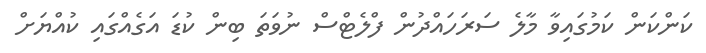
ކަންކަން ކަމުގައިވާ މާލެ ސަރަހައްދުން ފްލެޓްސް ނުވަތަ ބިން ކުޑަ އަގެއްގައި ކުއްޔަށް